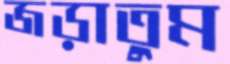
জড়াতুম